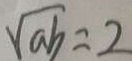
\sqrt { a b } = 2